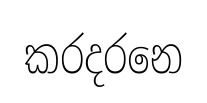
කරදරනෙ